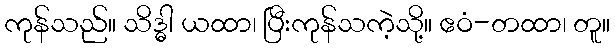
ကုန်သည်။ သိဒ္ဓါ ယထာ၊ ပြီးကုန်သကဲ့သို့။ ဧဝံ-တထာ၊ တူ။